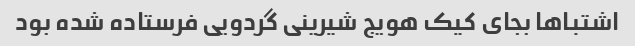
اشتباها بجای کیک هویج شیرینی گردویی فرستاده شده بود